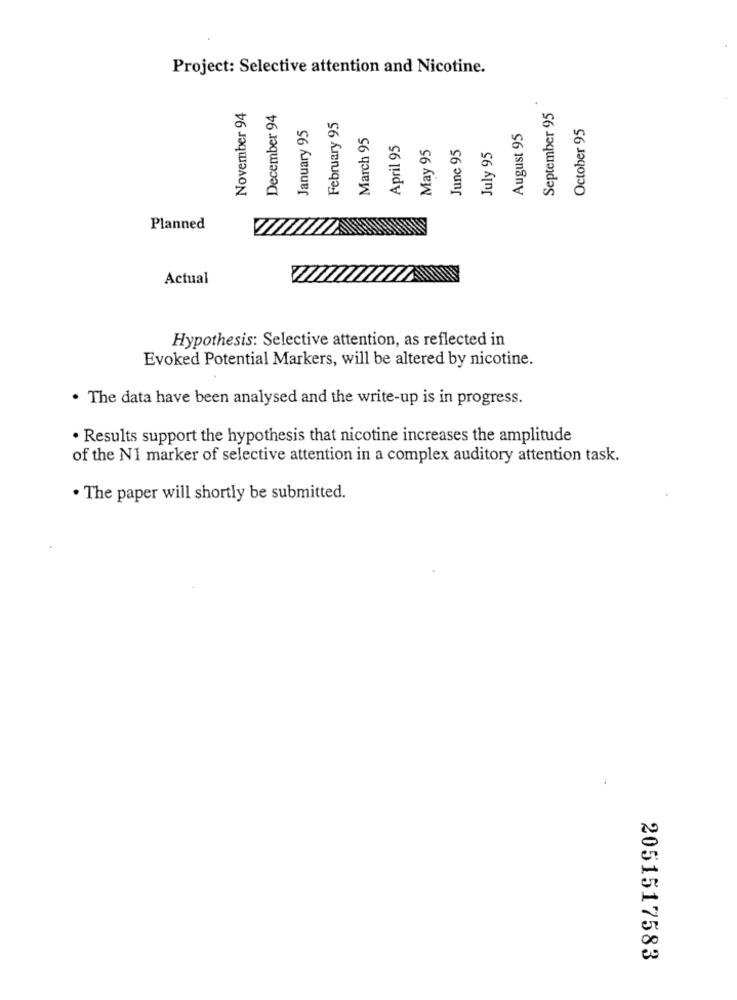
Project: Selective attention and Nicotine.
November 94
December 94
September 95
January 95
February 95
October 95
March 95
August 95
April 95
May 95
June 95
July 95
Planned
Actual
Hypothesis: Selective attention, as reflected in
Evoked Potential Markers, will be altered by nicotine.
. The data have been analysed and the write-up is in progress.
. Results support the hypothesis that nicotine increases the amplitude
of the N1 marker of selective attention in a complex auditory attention task.
· The paper will shortly be submitted.
2051517583